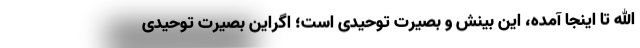
الله تا اینجا آمده، این بینش و بصیرت توحیدی است؛ اگراین بصیرت توحیدی